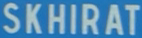
SKHIRAT